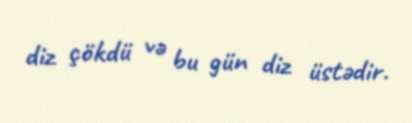
diz çökdü və bu gün diz üstədir.